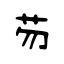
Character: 芴